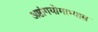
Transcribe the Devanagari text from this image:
अष्टांगयोगाभ्यास